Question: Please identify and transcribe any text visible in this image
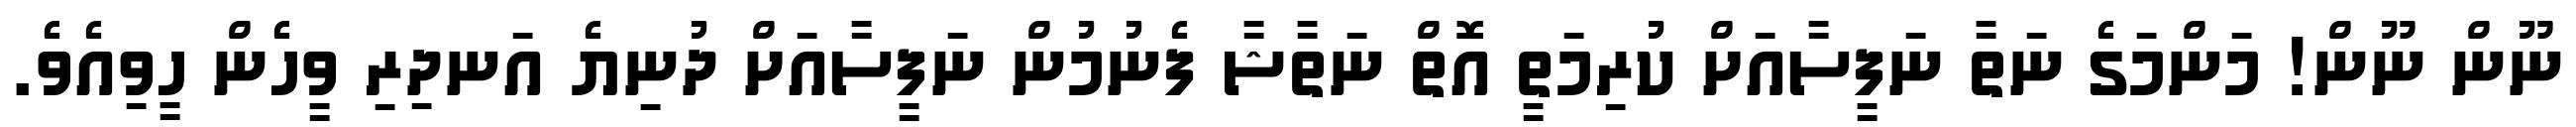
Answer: ނޫން ނޫން! މަންމަގެ ނަތާ ނަފީސާއަށް ކުރިމަތީ އޮތް ނަތާޝާ ފެނުމުން ނަފީސާއަށް ދުނިޔެ އަނދިރި ވީހެން ހީވިއެވެ.